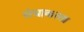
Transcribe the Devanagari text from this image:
संघाकरता